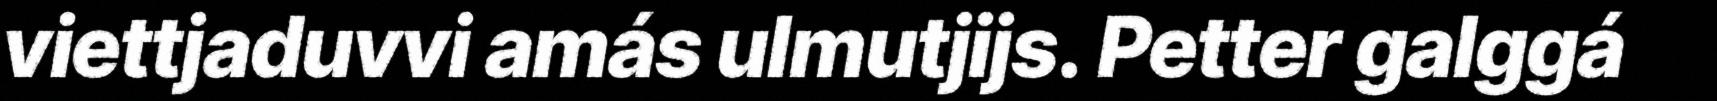
viettjaduvvi amás ulmutjijs. Petter galggá